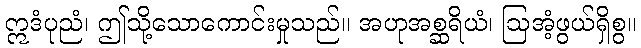
ဣဒံပုညံ၊ ဤသို့သောကောင်းမှုသည်။ အဟုအစ္ဆရိယံ၊ ဩအံ့ဖွယ်ရှိစွ။